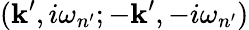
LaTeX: (\mathbf{k}^{\prime},i\omega_{n^{\prime}};-\mathbf{k}^{\prime},-i\omega_{n^{\prime}})